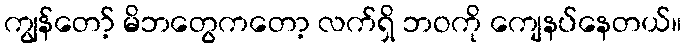
ကျွန်တော့် မိဘတွေကတော့ လက်ရှိ ဘဝကို ကျေနပ်နေတယ်။